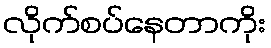
လိုက်စပ်နေတာကိုး